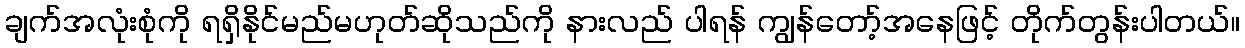
ချက်အလုံးစုံကို ရရှိနိုင်မည်မဟုတ်ဆိုသည်ကို နားလည် ပါရန် ကျွန်တော့်အနေဖြင့် တိုက်တွန်းပါတယ်။